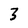
Character: 3